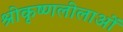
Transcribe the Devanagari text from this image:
श्रीकृष्णलीलाओं